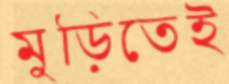
মুড়িতেই